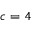
c = 4